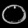
Digit: ၀